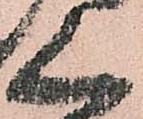
く